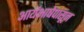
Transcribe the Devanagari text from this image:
आर्यभाषेपासून